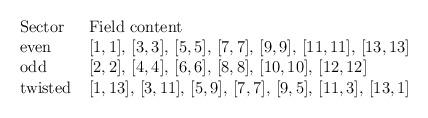
LaTeX: \begin{align*}\begin{array}{ll}\hbox{Sector}\ \ &\hbox{Field content} \\\hbox{even} & [1,1],\, [3,3],\, [5,5],\, [7,7],\, [9,9],\, [11,11],\, [13,13] \\\hbox{odd} & [2,2],\, [4,4],\, [6,6],\, [8,8],\, [10,10],\, [12,12] \\\hbox{twisted} & [1,13],\, [3,11],\, [5,9],\, [7,7],\, [9,5],\, [11,3],\, [13,1] \\\end{array}\end{align*}